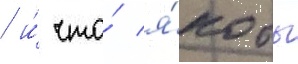
/ и́ что́ я́кобы